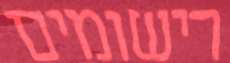
רישומים